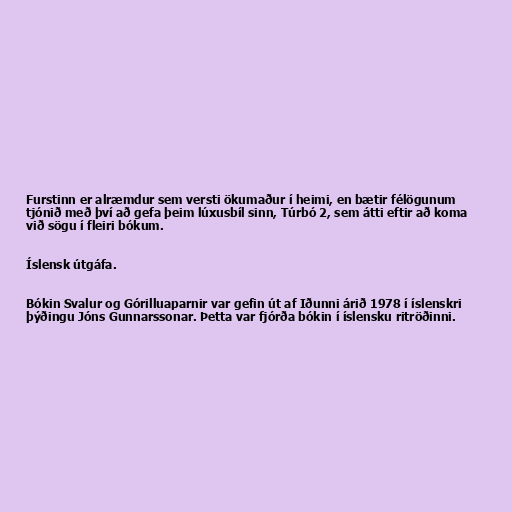
Furstinn er alræmdur sem versti ökumaður í heimi, en bætir félögunum
tjónið með því að gefa þeim lúxusbíl sinn, Túrbó 2, sem átti eftir að koma
við sögu í fleiri bókum.

Íslensk útgáfa.

Bókin Svalur og Górilluaparnir var gefin út af Iðunni árið 1978 í íslenskri
þýðingu Jóns Gunnarssonar. Þetta var fjórða bókin í íslensku ritröðinni.